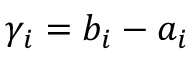
\gamma _ { i } = b _ { i } - a _ { i }